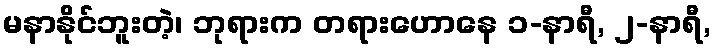
မနာနိုင်ဘူးတဲ့၊ ဘုရားက တရားဟောနေ ၁-နာရီ, ၂-နာရီ,